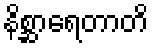
နိစ္ဆာရေတာတိ